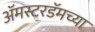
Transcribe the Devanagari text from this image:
अॅमस्टरडॅमच्या